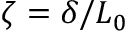
\zeta = \delta / L _ { 0 }